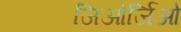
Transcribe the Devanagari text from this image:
जिओर्जिओ